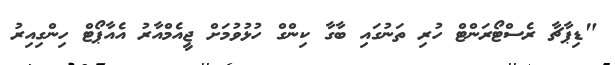
"ޑިޕާޗާ ރެސްޓޯރަންޓް ހުރި ތަނުގައި ބާގާ ކިންގް ހުޅުވުމަށް ޖީއެމްއާރު އެއާޕޯޓް ހިންގިއިރު